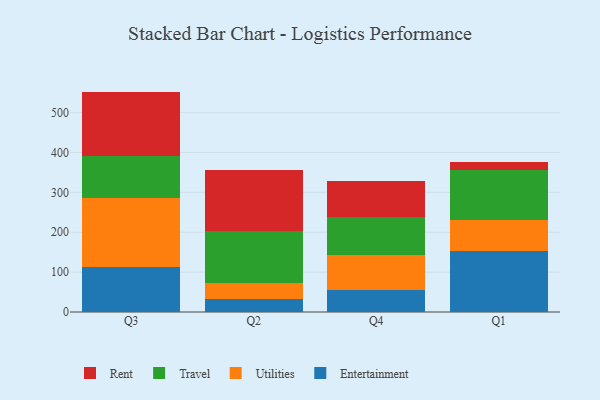
{"axis": {"x": "Quarter", "y": "Market Share (%)"}, "legend": ["Entertainment", "Rent", "Travel", "Utilities"], "data": [{"x": "Q3", "y": 113.8, "type": "Entertainment"}, {"x": "Q3", "y": 171.6, "type": "Utilities"}, {"x": "Q3", "y": 106.9, "type": "Travel"}, {"x": "Q3", "y": 160.4, "type": "Rent"}, {"x": "Q2", "y": 31.9, "type": "Entertainment"}, {"x": "Q2", "y": 41.9, "type": "Utilities"}, {"x": "Q2", "y": 128.7, "type": "Travel"}, {"x": "Q2", "y": 153.5, "type": "Rent"}, {"x": "Q4", "y": 54.8, "type": "Entertainment"}, {"x": "Q4", "y": 88.6, "type": "Utilities"}, {"x": "Q4", "y": 93.7, "type": "Travel"}, {"x": "Q4", "y": 91.9, "type": "Rent"}, {"x": "Q1", "y": 151.9, "type": "Entertainment"}, {"x": "Q1", "y": 79.5, "type": "Utilities"}, {"x": "Q1", "y": 124.9, "type": "Travel"}, {"x": "Q1", "y": 20.7, "type": "Rent"}]}